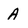
Character: A